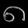
Digit: ၈